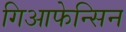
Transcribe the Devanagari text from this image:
गिआफेन्सिन